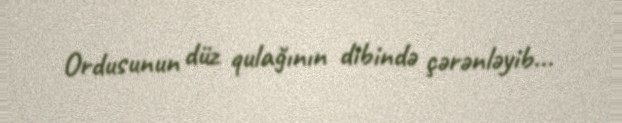
Ordusunun düz qulağının dibində çərənləyib...